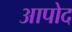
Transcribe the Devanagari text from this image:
आपोद